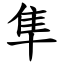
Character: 隼